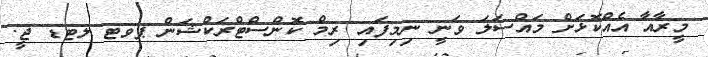
މީރާއާ އެއްކޮޅަށް މައްސަލަ ވަނީ ނިމިފައި ރިމް ކޮންސްޓްރަކްޝަން ޕވޓ ލޓޑ ޖީ.